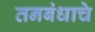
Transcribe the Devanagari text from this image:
तनबंधाचे